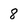
Character: 8